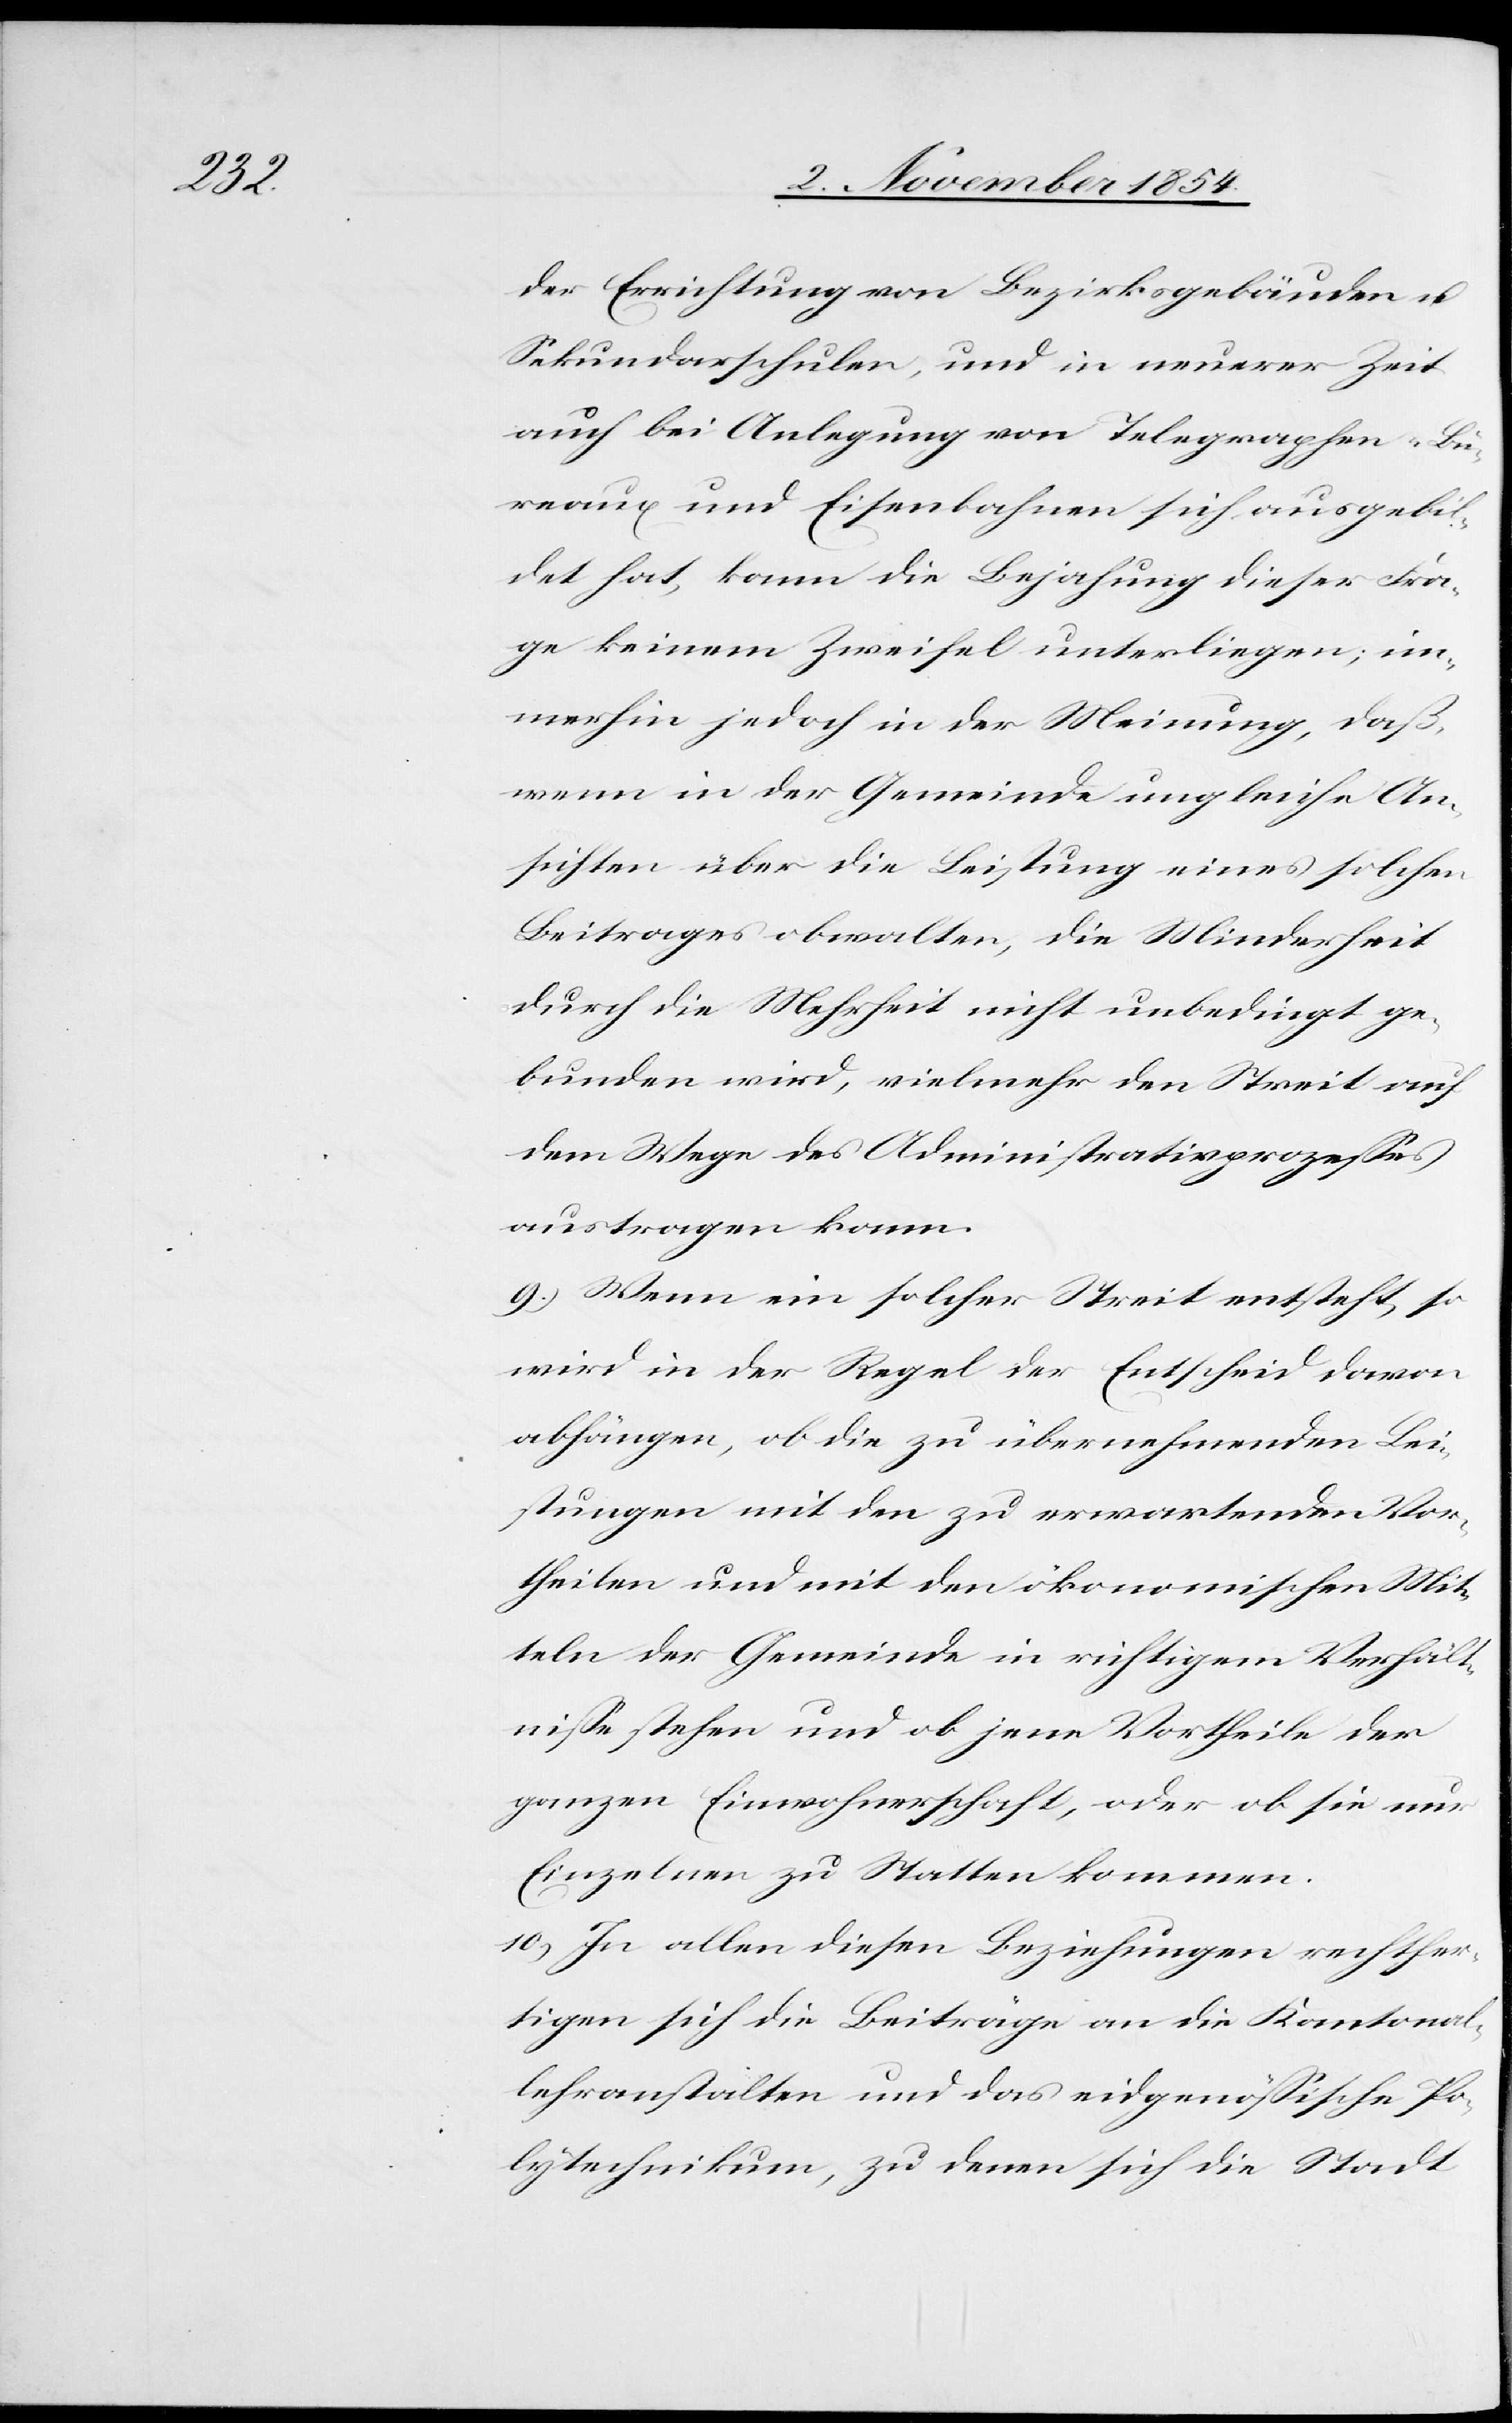
der Errichtung von Bezirksgebäuden u.
Sekundarschulen, und in neuerer Zeit
auch bei Anlegung von Telegraphen-Bü¬
reaux und Eisenbahnen sich ausgebil¬
det hat, kann die Bejahung dieser Fra¬
ge keinem Zweifel unterliegen; im¬
merhin jedoch in der Meinung, daß,
wenn in der Gemeinde ungleiche An¬
sicht über die Leistung eines solchen
Beitrages obwalten, die Minderheit
durch die Mehrheit nicht unbedingt ge¬
bunden wird, vielmehr den Streit auf
dem Wege des Administrativprozeßes
austragen kann.
9.) Wenn ein solcher Streit entsteht, so
wird in der Regel der Entscheid davon
abhängen, ob die zu übernehmenden Lei¬
stungen mit den zu erwartenden Vor¬
theilen und mit den ökonomischen Mit¬
teln der Gemeinde in richtigem Verhält¬
niße stehen und ob jene Vortheile der
ganzen Einwohnerschaft, oder ob sie nur
Einzelnen zu Statten kommen.
10.) In allen diesen Beziehungen rechtfer¬
tigen sich die Beiträge an die Kantonal¬
lehranstalten und das eidgenößische Po¬
lytechnikum, zu denen sich die Stadt